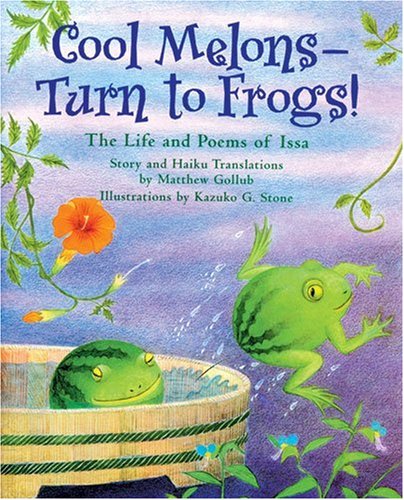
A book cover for Cool Melons Turn to Frogs: The Life and Poems of Issa; Matthew Gollub; Teen & Young Adult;